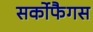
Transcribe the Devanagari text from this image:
सर्कोफैगस